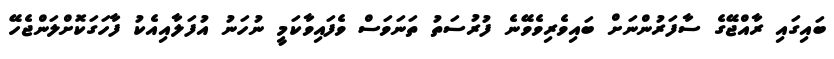
ބައިގައި ރާއްޖޭގެ ސާފަރުންނަށް ބައިވެރިވެވޭނެ ފުރުސަތު ތަނަވަސް ވެފައިވާކަމީ ނުހަނު އުފަލާއިއެކު ފާހަގަކޮށްލަންޖެހޭ